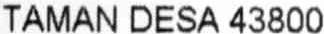
TAMAN DESA 43800